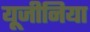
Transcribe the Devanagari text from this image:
यूजीनिया